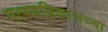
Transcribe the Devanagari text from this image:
मत्स्यविकासच्या